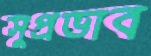
সুপ্রভাব